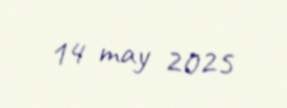
14 may 2025